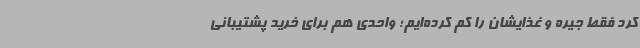
کرد فقط جیره و غذایشان را کم کرده‌ایم؛ واحدی هم برای خرید پشتیبانی